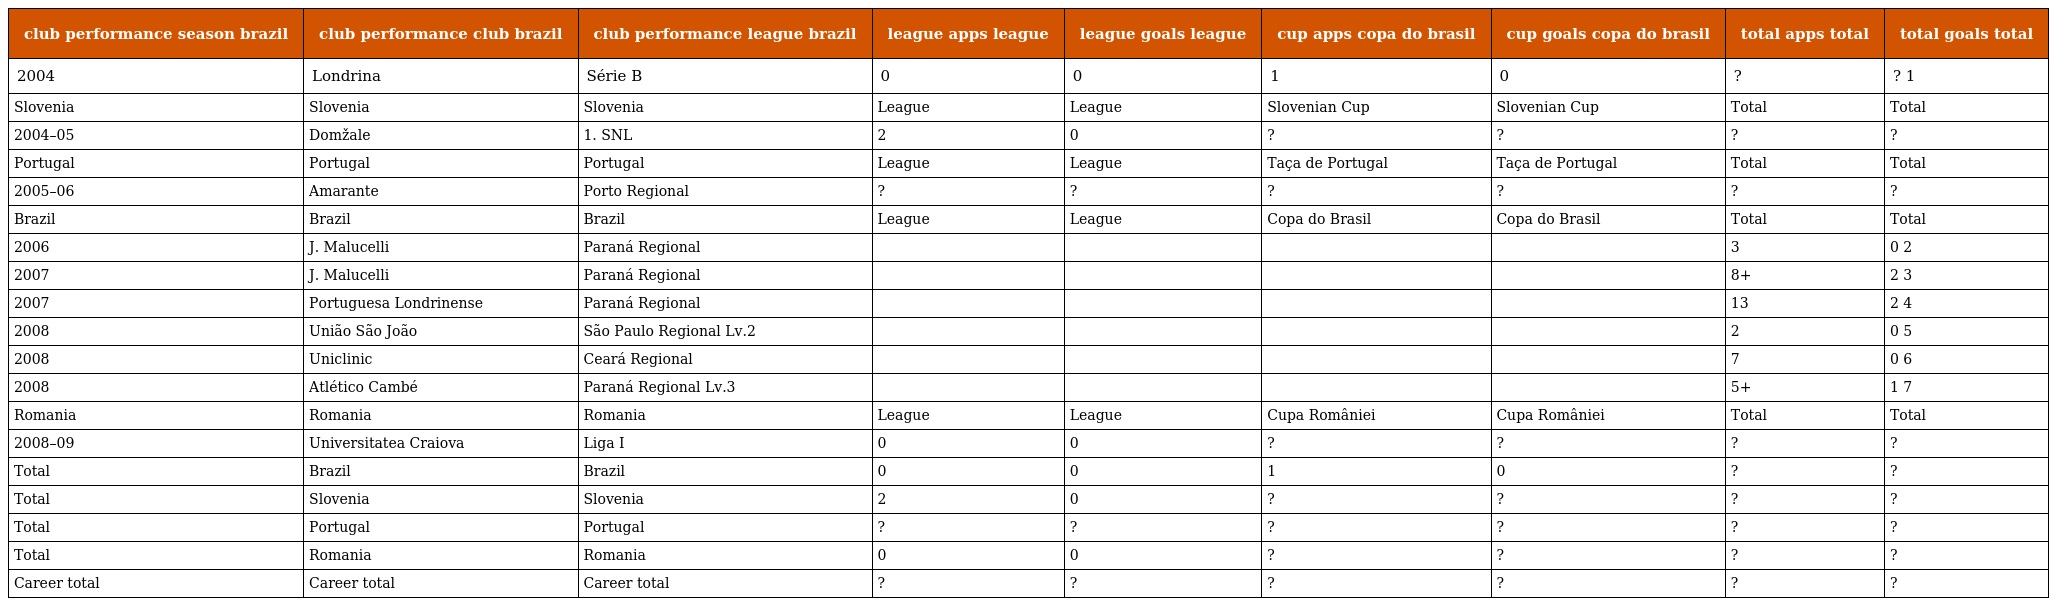
| club performance season brazil | club performance club brazil | club performance league brazil | league apps league | league goals league | cup apps copa do brasil | cup goals copa do brasil | total apps total | total goals total |
 | --- | --- | --- | --- | --- | --- | --- | --- | --- |
 | 2004 | Londrina | Série B | 0 | 0 | 1 | 0 | ? | ? 1 |
 | Slovenia | Slovenia | Slovenia | League | League | Slovenian Cup | Slovenian Cup | Total | Total |
 | 2004–05 | Domžale | 1. SNL | 2 | 0 | ? | ? | ? | ? |
 | Portugal | Portugal | Portugal | League | League | Taça de Portugal | Taça de Portugal | Total | Total |
 | 2005–06 | Amarante | Porto Regional | ? | ? | ? | ? | ? | ? |
 | Brazil | Brazil | Brazil | League | League | Copa do Brasil | Copa do Brasil | Total | Total |
 | 2006 | J. Malucelli | Paraná Regional |  |  |  |  | 3 | 0 2 |
 | 2007 | J. Malucelli | Paraná Regional |  |  |  |  | 8+ | 2 3 |
 | 2007 | Portuguesa Londrinense | Paraná Regional |  |  |  |  | 13 | 2 4 |
 | 2008 | União São João | São Paulo Regional Lv.2 |  |  |  |  | 2 | 0 5 |
 | 2008 | Uniclinic | Ceará Regional |  |  |  |  | 7 | 0 6 |
 | 2008 | Atlético Cambé | Paraná Regional Lv.3 |  |  |  |  | 5+ | 1 7 |
 | Romania | Romania | Romania | League | League | Cupa României | Cupa României | Total | Total |
 | 2008–09 | Universitatea Craiova | Liga I | 0 | 0 | ? | ? | ? | ? |
 | Total | Brazil | Brazil | 0 | 0 | 1 | 0 | ? | ? |
 | Total | Slovenia | Slovenia | 2 | 0 | ? | ? | ? | ? |
 | Total | Portugal | Portugal | ? | ? | ? | ? | ? | ? |
 | Total | Romania | Romania | 0 | 0 | ? | ? | ? | ? |
 | Career total | Career total | Career total | ? | ? | ? | ? | ? | ? |